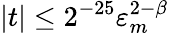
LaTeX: |t|\leq 2^{-25}\varepsilon_{m}^{2-\beta}